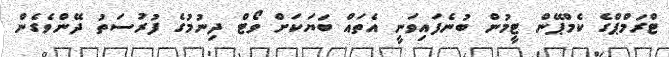
ޓްރަމްޕްގެ ކެމްޕޭން ޓީމުން ބުނެފައިވަނީ އެތައް ބަޔަކަށް ވޯޓް ދިނުމުގެ ފުރުސަތު ދޭންވެގެން